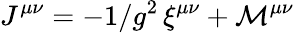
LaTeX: J^{\mu\nu}=-1/g^{2}\, \xi^{\mu\nu}+{\cal M}^{\mu\nu}